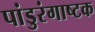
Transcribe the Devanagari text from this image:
पांडुरंगाष्टक